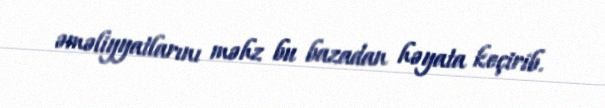
əməliyyatlarını məhz bu bazadan həyata keçirib.